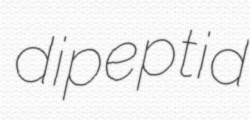
dipeptid